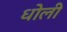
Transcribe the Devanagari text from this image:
धोली